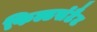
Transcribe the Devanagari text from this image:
फिल्डर्सटैट